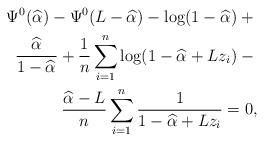
LaTeX: \begin{align*}\Psi^0(\widehat{\alpha}_{})-\Psi^0(L-\widehat{\alpha}_{})-\log(1-\widehat{\alpha}_{})+{}\\\frac{\widehat{\alpha}_{}}{1-\widehat{\alpha}_{}}+\frac{1}{n}\sum_{i=1}^n{\log(1-\widehat{\alpha}_{}+Lz_i)}-{}\\ \frac{\widehat{\alpha}_{}-L}{n}\sum_{i=1}^n \frac1{1-\widehat{\alpha}_{}+Lz_i}= 0 ,\end{align*}